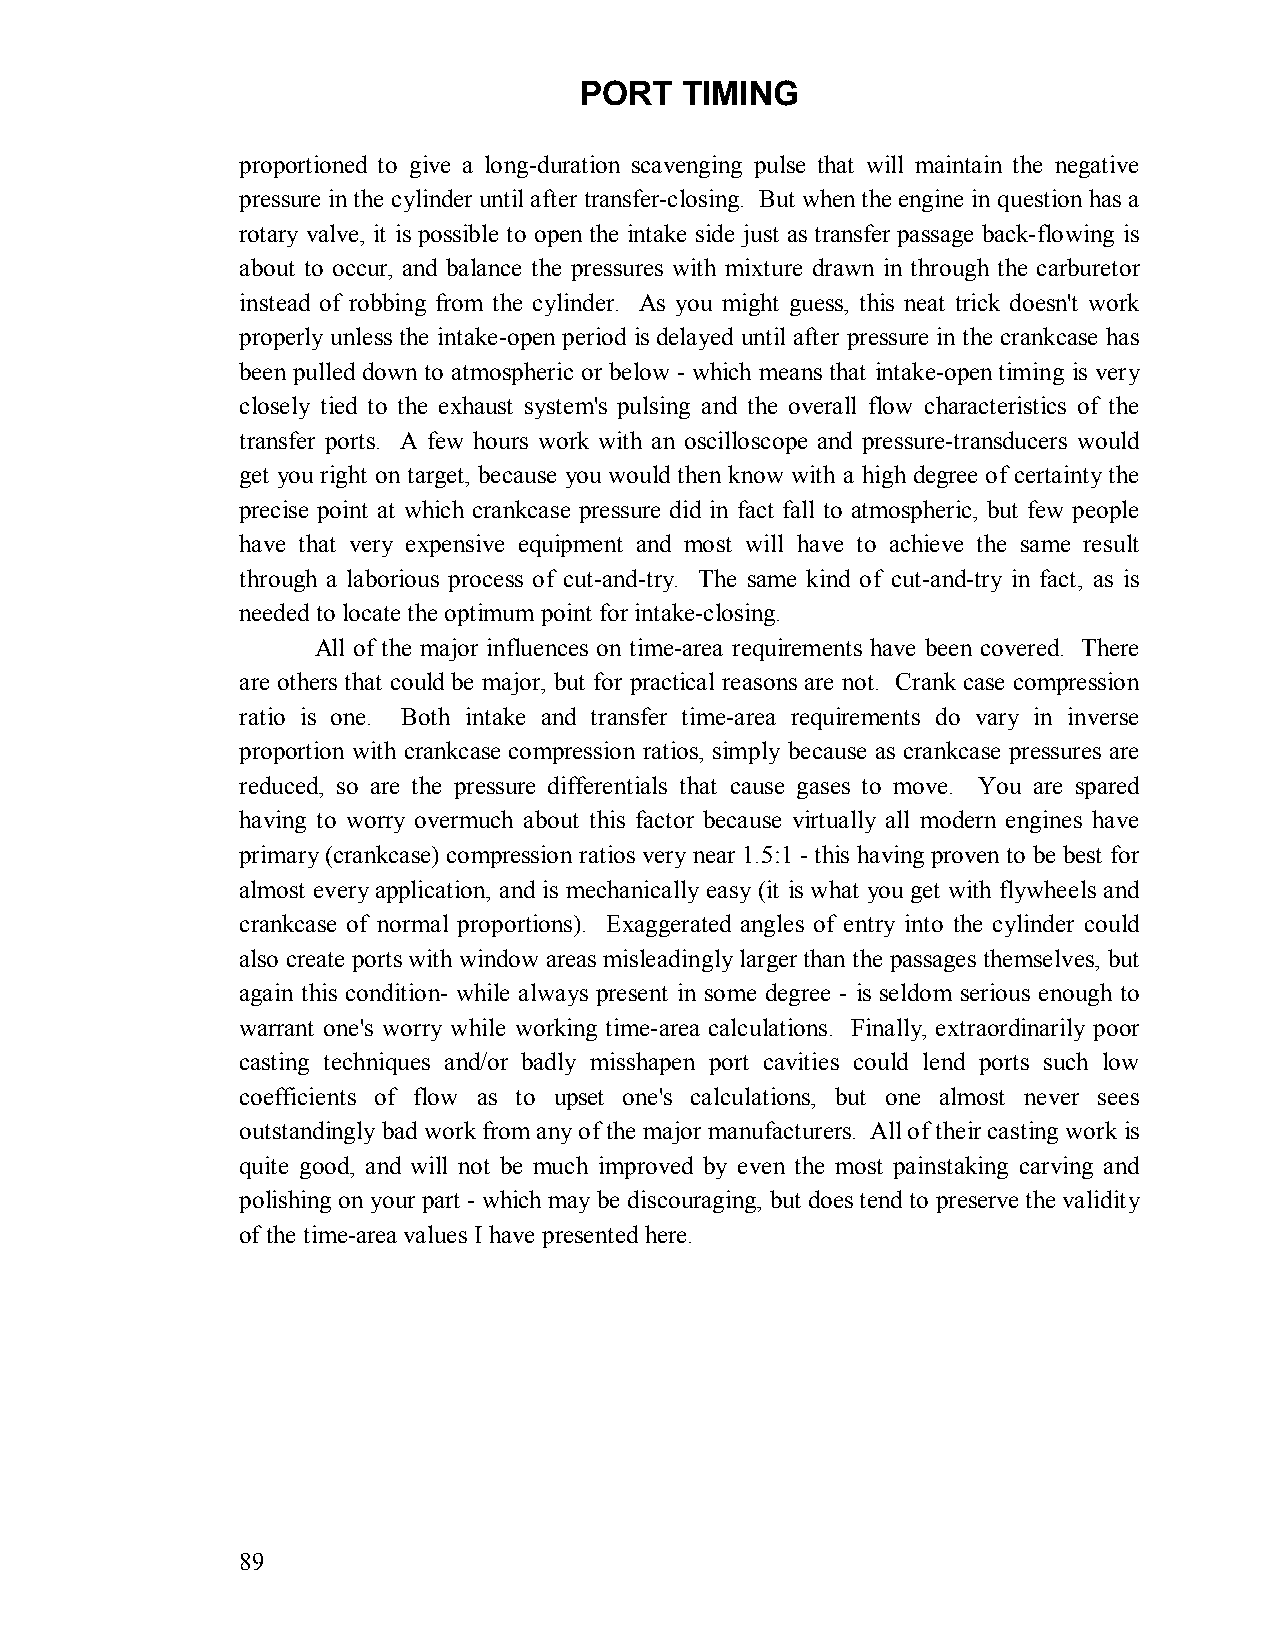
PORT   TIMING
 proportioned to give a long-duration scavenging pulse that will maintain the negative
 pressure in the cylinder until after transfer-closing. But when the engine in question has a
 rotary valve, it is possible to open the intake side just as transfer passage back-flowing is
 about to occur, and balance the pressures with mixture drawn in through the carburetor
 instead of robbing from the cylinder. As you might guess, this neat trick doesn't work
 properly unless the intake-open period is delayed until after pressure in the crankcase has
 been pulled down to atmospheric or below - which means that intake-open timing is very
 closely tied to the exhaust system's pulsing and the overall flow characteristics of the
 transfer ports. A few hours work with an oscilloscope and pressure-transducers would
 get you right on target, because you would then know with a high degree of certainty the
 precise point at which crankcase pressure did in fact fall to atmospheric, but few people
 have that very expensive equipment and most will have to achieve the same result
 through a laborious process of cut-and-try. The same kind of cut-and-try in fact, as is
 needed to locate the optimum point for intake-closing.
 All of the major influences on time-area requirements have been covered. There
 are others that could be major, but for practical reasons are not. Crank case compression
 ratio is one. Both intake and transfer time-area requirements do vary in inverse
 proportion with crankcase compression ratios, simply because as crankcase pressures are
 reduced, so are the pressure differentials that cause gases to move. You are spared
 having to worry overmuch about this factor because virtually all modern engines have
 primary (crankcase) compression ratios very near 1.5:1 - this having proven to be best for
 almost every application, and is mechanically easy (it is what you get with flywheels and
 crankcase of normal proportions). Exaggerated angles of entry into the cylinder could
 also create ports with window areas misleadingly larger than the passages themselves, but
 again this condition- while always present in some degree - is seldom serious enough to
 warrant one's worry while working time-area calculations. Finally, extraordinarily poor
 casting techniques and/or badly misshapen port cavities could lend ports such low
 coefficients of flow as to upset one's calculations, but one almost never sees
 outstandingly bad work from any of the major manufacturers. All of their casting work is
 quite good, and will not be much improved by even the most painstaking carving and
 polishing on your part - which may be discouraging, but does tend to preserve the validity
 of the time-area values I have presented here.
 89